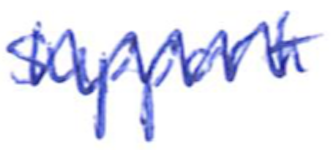
Text: support
Cross-out: zig-zag
Writing tool: ballpoint